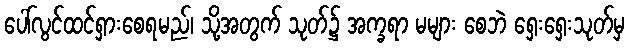
ပေါ်လွင်ထင်ရှားစေရမည်၊ သို့အတွက် သုတ်၌ အက္ခရာ မများ စေဘဲ ရှေးရှေးသုတ်မှ